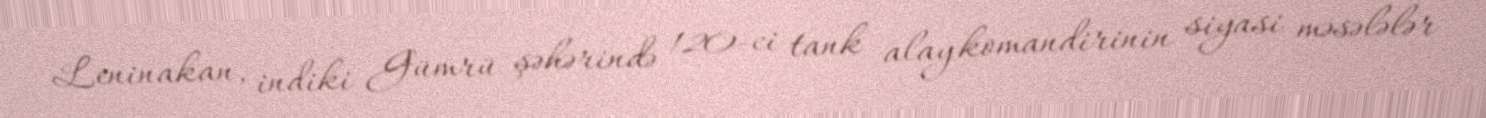
Leninakan, indiki Gümrü şəhərində 120-ci tank alay komandirinin siyasi məsələlər